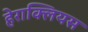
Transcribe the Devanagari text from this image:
हेराक्लियस